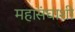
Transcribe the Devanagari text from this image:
महासंघाशी